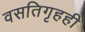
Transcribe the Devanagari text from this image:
वसतिगृहही